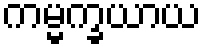
ကမ္မက္ခယာယ